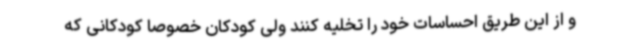
و از این طریق احساسات خود را تخلیه کنند ولی کودکان خصوصا کودکانی که